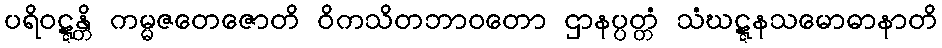
ပရိဝဋ္ဋန္တိ ကမ္မဇတေဇောတိ ဝိကသိတဘာဝတော ဌာနပ္ပတ္တံ သံဃဋ္ဋနသမောဓာနာတိ